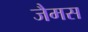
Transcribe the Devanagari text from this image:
जैमस